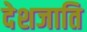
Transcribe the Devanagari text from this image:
देशजाति